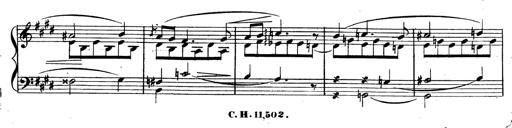
Title: 3 Caprices-Valses
Composer: Franz Liszt